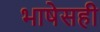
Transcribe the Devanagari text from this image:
भाषेसही